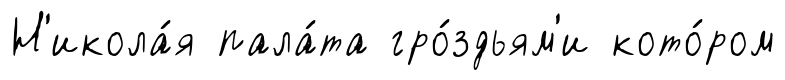
Н'икола́я пала́та гро́здьям'и кото́ром